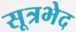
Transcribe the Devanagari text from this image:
सूत्रभेद